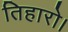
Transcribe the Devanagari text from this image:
तिहारो।